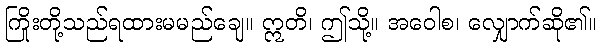
ကြိုးတို့သည်ရထားမမည်ချေ။ ဣတိ၊ ဤသို့။ အဝေါစ၊ လျှောက်ဆို၏။